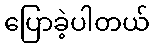
ပြောခဲ့ပါတယ်